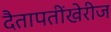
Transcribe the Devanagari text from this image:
दैतापतींखेरीज